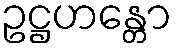
ဥဋ္ဌဟန္တော